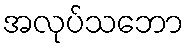
အလုပ်သဘော